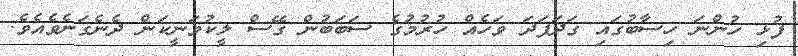
ފުޅި ހުންނަ ހިސާބުގައި ގަދަފަދަ ވަހެއް ހުރުމުގެ ސަބަބުން ގޭސް ލީކުވަނީކަން ދެނެގަނެވެއެވެ.